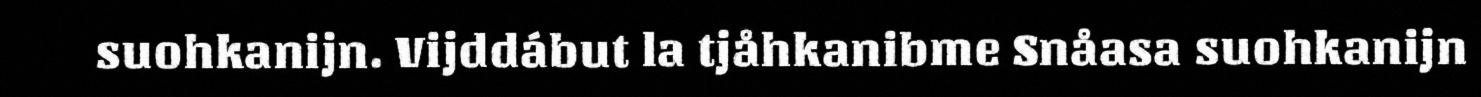
suohkanijn. Vijddábut la tjåhkanibme Snåasa suohkanijn